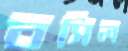
বসিল